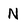
Character: N